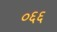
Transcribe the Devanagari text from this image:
०६६